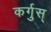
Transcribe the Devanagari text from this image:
कर्गुस्